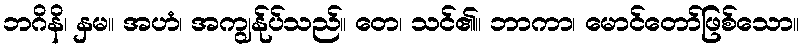
ဘဂိနိ၊ နှမ။ အဟံ၊ အကျွန်ုပ်သည်။ တေ၊ သင်၏။ ဘာကာ၊ မောင်တော်ဖြစ်သော။